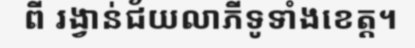
ពី រង្វាន់ជ័យលាភីទូទាំងខេត្ត។